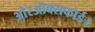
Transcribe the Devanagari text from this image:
औरऑक्सफोर्ड।